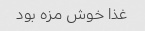
غذا خوش مزه بود